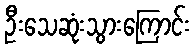
ဦးသေဆုံးသွားကြောင်း